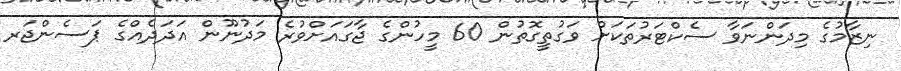
ނިޒާމުގެ މިދަންނަވާ ސެކްޓަރުތަކަށް ވަގުތީގޮތުން 60 މީހުންގެ ޖާގައަށްވުރެ މަދުނޫން އަދަދެއްގެ ޕަސެންޖަރ